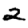
Digit: 2